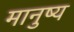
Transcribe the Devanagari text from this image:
मानुष्य